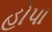
હોપા